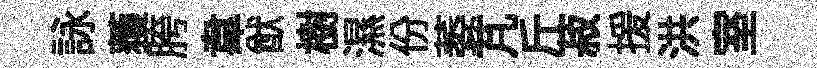
詠𫉬胯韋猷樹濕份萎芃斤菽援洪室